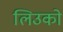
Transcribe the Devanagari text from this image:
लिउको